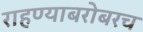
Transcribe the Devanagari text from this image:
राहण्याबरोबरच